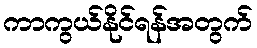
ကာကွယ်နိုင်ရန်အတွက်